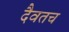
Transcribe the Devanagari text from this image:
दैवतच